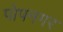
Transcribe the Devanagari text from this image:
पोपनगर